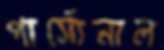
পার্সোনাল